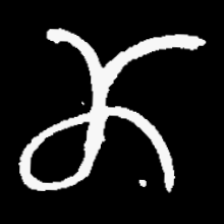
Pyu character \u2014 Myanmar letter: ဏ (romanized: nna)